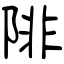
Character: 陫